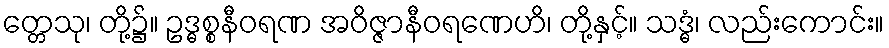
တ္တေသု၊ တို့၌။ ဥဒ္ဓစ္စနီဝရဏ အဝိဇ္ဇာနီဝရဏေဟိ၊ တို့နှင့်။ သဒ္ဓံ၊ လည်းကောင်း။